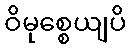
ဝိမုစ္စေယျပိ